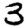
Digit: 3